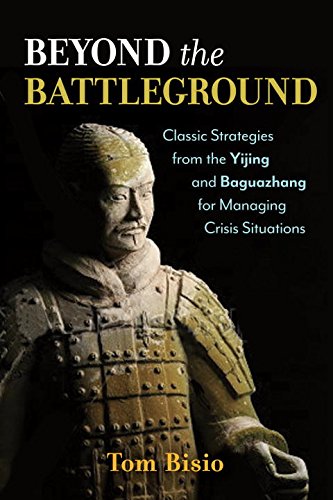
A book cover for Beyond the Battleground: Classic Strategies from the Yijing and Baguazhang for Managing Crisis Situations; Tom Bisio; Religion & Spirituality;